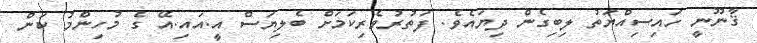
ޤާނޫނީ ހައިސިއްޔަތު ލިބިގެން ދިޔައެވެ. ފަތުރުވެރިކަމަށް ބެލިޔަސް އީ.އައި.އޭ ގެ މުހިންމު ކަން